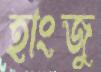
হাংজু